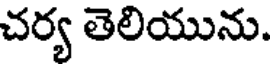
చర్య తెలియును.